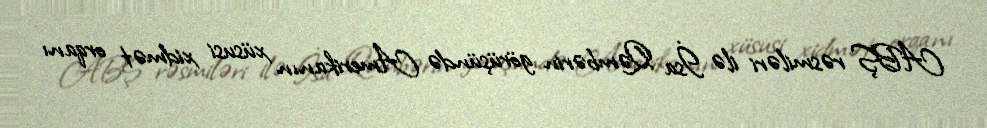
ABŞ rəsmiləri ilə İsa Qəmbərin görüşündə Amerikanın xüsusi xidmət orqanı